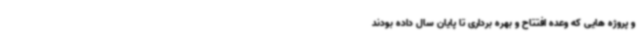
و پروژه هایی که وعده افتتاح و بهره برداری تا پایان سال داده بودند